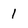
Character: 1